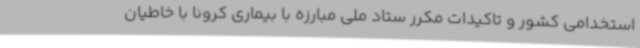
استخدامی کشور و تاکیدات مکرر ستاد ملی مبارزه با بیماری کرونا با خاطیان